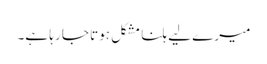
میرے لیے ہلنا مشکل ہوتا جا رہا ہے۔